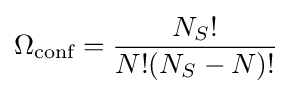
\Omega _{\text{conf}}={\frac {N_{S}!}{N!(N_{S}-N)!}}